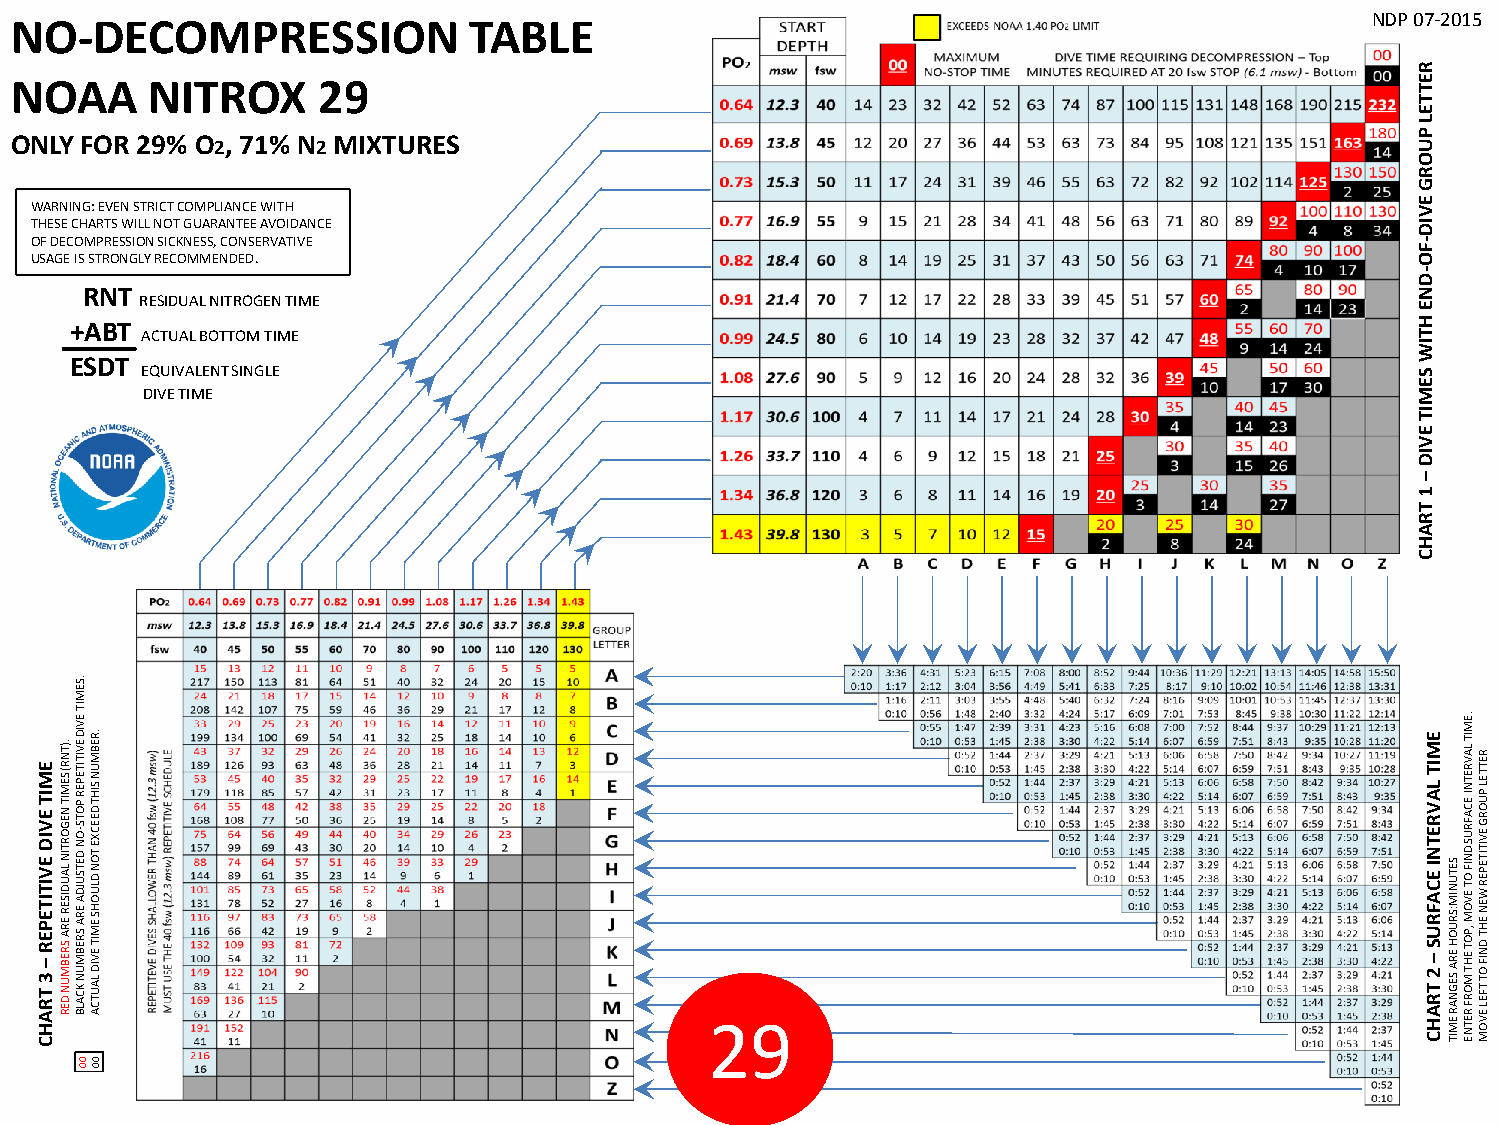
NO-DECOMPRESSION              TABLE                                                    AWD NDP 07-2015
 R
 NOAA     NITROX     29                                                                       E
 T
 T
 E
 L
 ONLY FOR 29% O2, 71% N2 MIXTURES                                                             P U
 O
 R
 G
 WARNING: EVEN STRICT COMPLIANCE WITH                                                        E V
 THESE CHARTS WILL NOT GUARANTEE AVOIDANCE                                                   ID
 OF DECOMPRESSION SICKNESS, CONSERVATIVE                                                     -
 F
 USAGE IS STRONGLY RECOMMENDED.                                                              O
 -
 D
 RNT                                                                                      N
 RESIDUAL NITROGEN TIME                                                               E
 +ABT
 ACTUAL BOTTOM TIME
 H
 T
 IW
 ESDT
 EQUIVALENT SINGLE                                                                    S
 E
 DIVE TIME                                                                            M
 IT
 E
 V
 ID
 –
 1
 T
 R
 A
 H
 C
 .SE
 M
 E M IT E V ID E V I 3T I TT RE AP HE R C– .)TN R ( SE M IT N EG O R T IN SL RA EU BD MIS UE NR DE R
 E
 A
 R
 O N D ETSU
 JDIT
 A
 E EV
 RI AD
 SE RV EIT BI MTE UP NER
 K
 P
 C
 O
 A
 LT BS -
 .R
 EB M U N SIH T D EEC X E TO N D LU O H S E M IT EV ID LA
 U T C A                                  29
 E
 M IT L A V R E T N I E 2C TA RF AR HU C–S SETU N IM :SR U O H ER A SEG
 N A R EM
 IT
 .EM
 IT
 LA V R ETN I EC A FR U S D N IF O T EV O M ,P O T EH T M
 O R F R ETN
 E
 R ETTEL P U O R G EV IT ITE P ER W EN EH T D N IF O T
 TFEL EV
 O
 M
 00 00